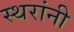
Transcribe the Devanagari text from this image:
स्थरांनी